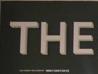
hte